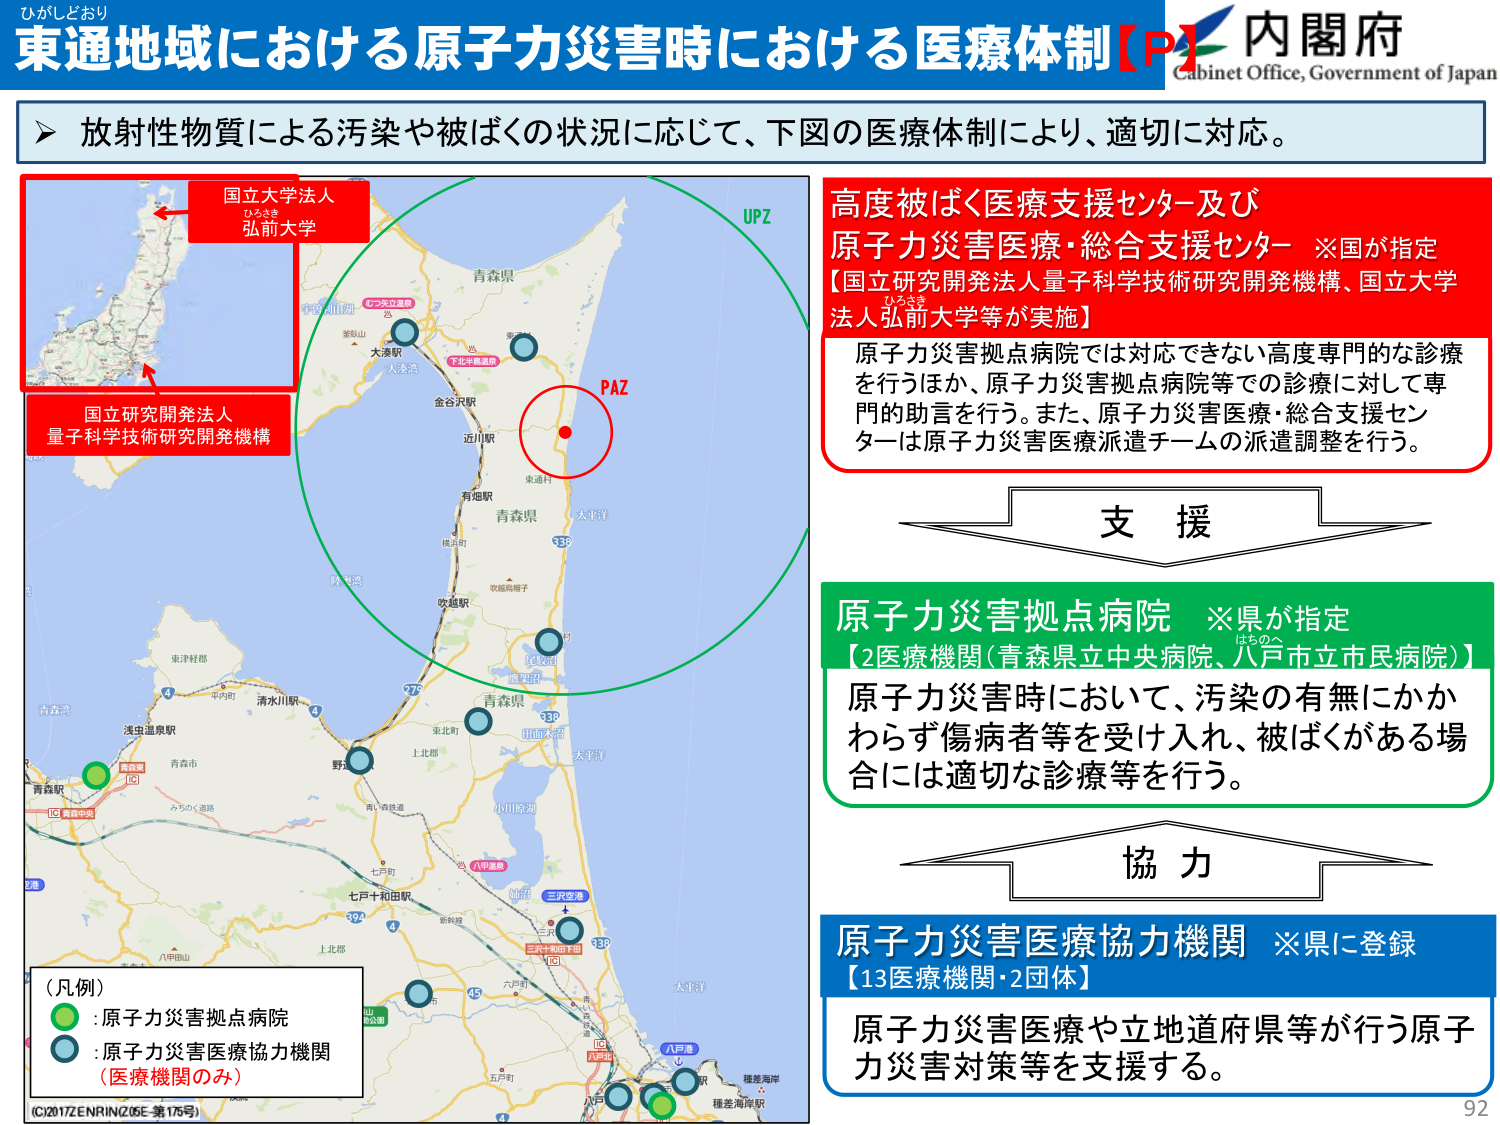
ひがしどおり
東通地域における原子力災害時における医療体制【P】
内閣府
Cabinet Office, Government of Japan

▶ 放射性物質による汚染や被ばくの状況に応じて、下図の医療体制により、適切に対応。

国立大学法人
ひらさき
弘前大学

国立研究開発法人
量子科学技術研究開発機構

UPZ
PAZ

高度被ばく医療支援センター及び
原子力災害医療・総合支援センター ※国が指定
【国立研究開発法人量子科学技術研究開発機構、国立大学
法人弘前大学等が実施】
原子力災害拠点病院では対応できない高度専門的な診療
を行うほか、原子力災害拠点病院等での診療に対して専
門的助言を行う。また、原子力災害医療・総合支援セン
ターは原子力災害医療派遣チームの派遣調整を行う。

支 援

原子力災害拠点病院 ※県が指定
【2医療機関（青森県立中央病院、八戸市立市民病院）】
原子力災害時において、汚染の有無にかか
わらず傷病者等を受け入れ、被ばくがある場
合には適切な診療等を行う。

協 力

原子力災害医療協力機関 ※県に登録
【13医療機関・2団体】
原子力災害医療や立地道府県等が行う原子
力災害対策等を支援する。

（凡例）
● : 原子力災害拠点病院
● : 原子力災害医療協力機関
（医療機関のみ）

(C)2017 ZENRIN Z.05E 第175号
92